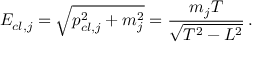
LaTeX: E _ { c l , j } = \sqrt { p _ { c l , j } ^ { 2 } + m _ { j } ^ { 2 } } = \frac { m _ { j } T } { \sqrt { T ^ { 2 } - L ^ { 2 } } } \, .